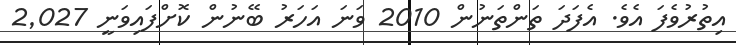
އިތުރުވެފަ އެވެ. އެފަދަ ތަންތަނުން 2010 ވަނަ އަހަރު ބޭނުން ކޮށްފައިވަނީ 2